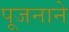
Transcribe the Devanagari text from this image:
पूजनाने